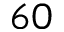
6 0